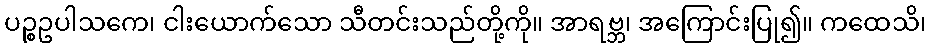
ပဉ္စဥပါသကေ၊ ငါးယောက်သော သီတင်းသည်တို့ကို။ အာရဗ္ဘ၊ အကြောင်းပြု၍။ ကထေသိ၊